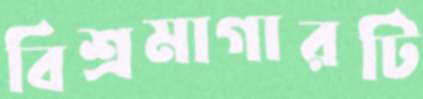
বিশ্রমাগারটি